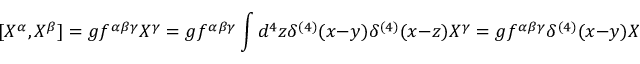
[ X ^ { \alpha } , X ^ { \beta } ] = g f ^ { \alpha \beta \gamma } X ^ { \gamma } = g f ^ { \alpha \beta \gamma } \int d ^ { 4 } z \delta ^ { ( 4 ) } ( x - y ) \delta ^ { ( 4 ) } ( x - z ) X ^ { \gamma } = g f ^ { \alpha \beta \gamma } \delta ^ { ( 4 ) } ( x - y ) X ^ { \gamma }